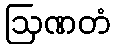
ဩဏတံ